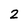
Character: 2